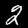
Label: 2